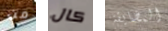
من كال المضايقة